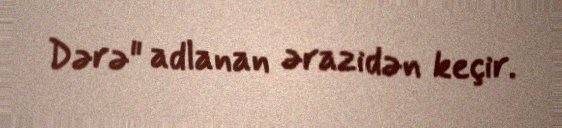
Dərə" adlanan ərazidən keçir.